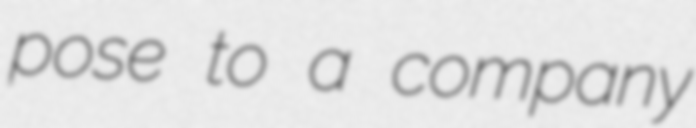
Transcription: pose to a company